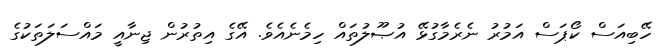
ހޭބިއަސް ކޯޕަސް އަމުރު ނެރެމާގުޅޭ އުޞޫލުތައް ހިމެނެއެވެ. އޭގެ އިތުރުން ޖިނާއީ މައްސަލަތަކުގެ